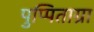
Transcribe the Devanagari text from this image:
पुप्पिताग्रा